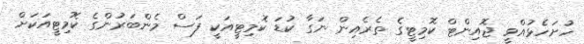
ހުށަހެޅުއްވީ ޖޮއިންޓް ކޮމިޓީގެ ތެރެއިން ނަގާ ކުޑަ ކޮމިޓީއަކީ ފަސް މެންބަރުންގެ ކޮމިޓީއަކަށް